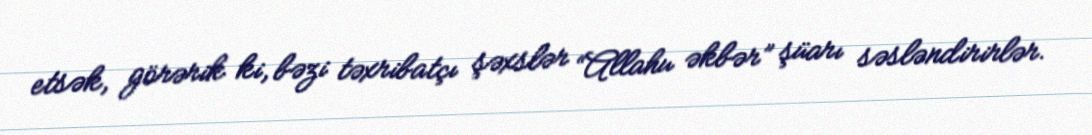
etsək, görərik ki, bəzi təxribatçı şəxslər “Allahu əkbər” şüarı səsləndirirlər.